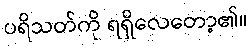
ပရိသတ်ကို ရရှိလေတော့၏။